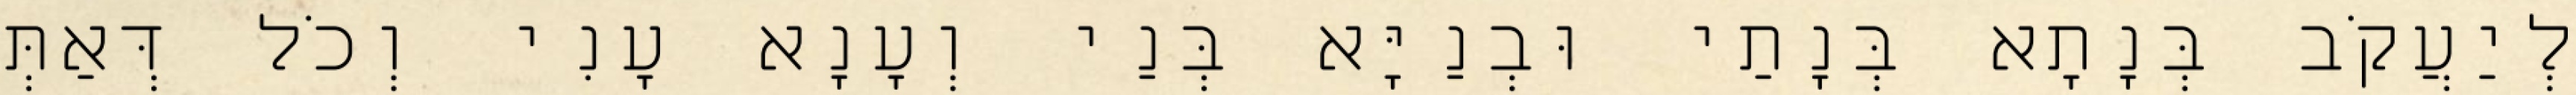
לְיַעֲקֹב בְּנָתָא בְּנָתַי וּבְנַיָּא בְּנַי וְעָנָא עָנִי וְכֹל דְּאַתְּ